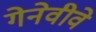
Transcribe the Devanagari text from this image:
गेनेवीवे